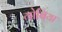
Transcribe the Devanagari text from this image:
गोबिया